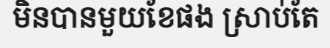
មិនបានមួយខែផង ស្រាប់តែ